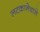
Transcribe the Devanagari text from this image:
लटकानेवाले